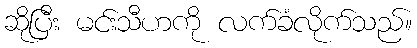
ဆိုပြီး မင်းသီဟကို လက်ခံလိုက်သည်။